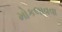
મોકલાવવા